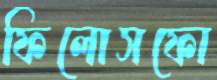
ফিলোসফো